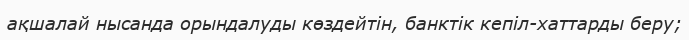
ақшалай нысанда орындалуды көздейтін, банктік кепіл-хаттарды беру;